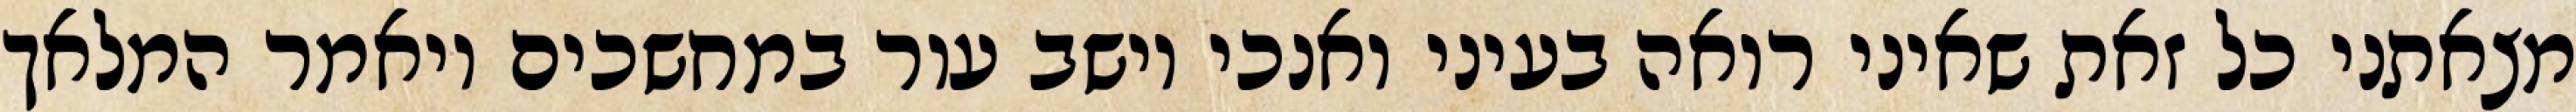
מצאתני כל זאת שאיני רואה בעיני ואנכי יושב עור במחשכים ויאמר המלאך